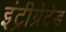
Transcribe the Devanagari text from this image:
इंट्रीग्रेटेड